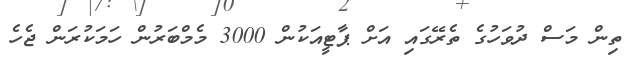
ތިން މަސް ދުވަހުގެ ތެރޭގައި އަށް ޕާޓީއަކުން 3000 މެމްބަރުން ހަމަކުރަން ޖެހެ